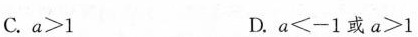
C.a>1 D.a≤-1或a>1